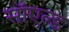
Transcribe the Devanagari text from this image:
सॉएल्ड